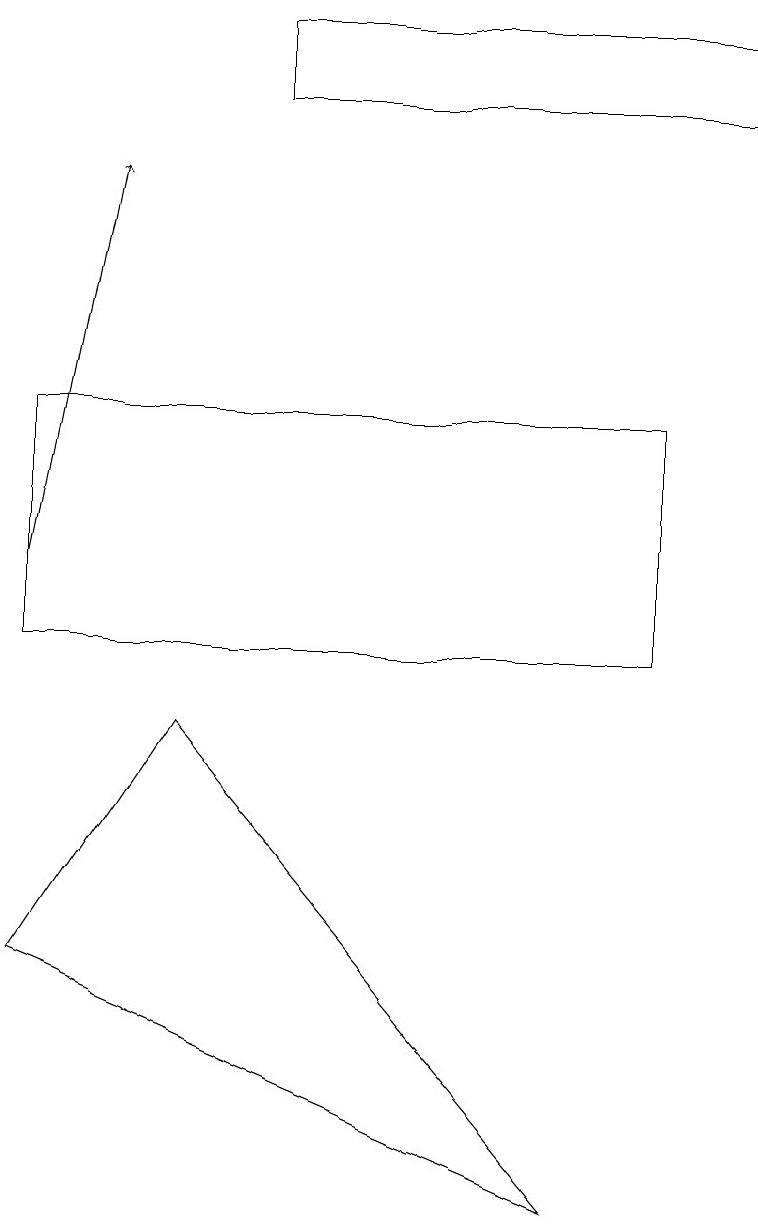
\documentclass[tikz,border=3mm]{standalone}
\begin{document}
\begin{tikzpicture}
\draw (3,17) rectangle (9,18);
\draw (2,9) -- (7,3) -- (0,6) -- cycle;
\draw (0,10) rectangle (8,13);
\draw[->] (0,11) -- (1,16);
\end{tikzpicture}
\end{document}